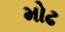
મોઢ